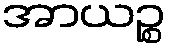
အာယဉ္စ